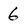
Character: 6